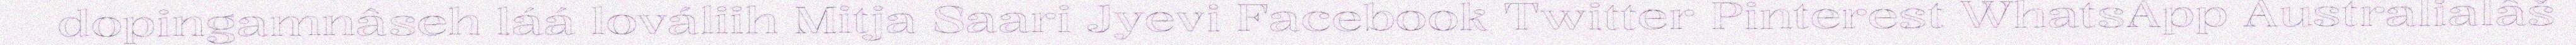
dopingamnâseh láá lováliih Mitja Saari Jyevi Facebook Twitter Pinterest WhatsApp Australialâš